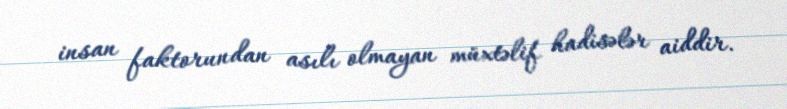
insan faktorundan asılı olmayan müxtəlif hadisələr aiddir.